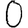
Digit: 0